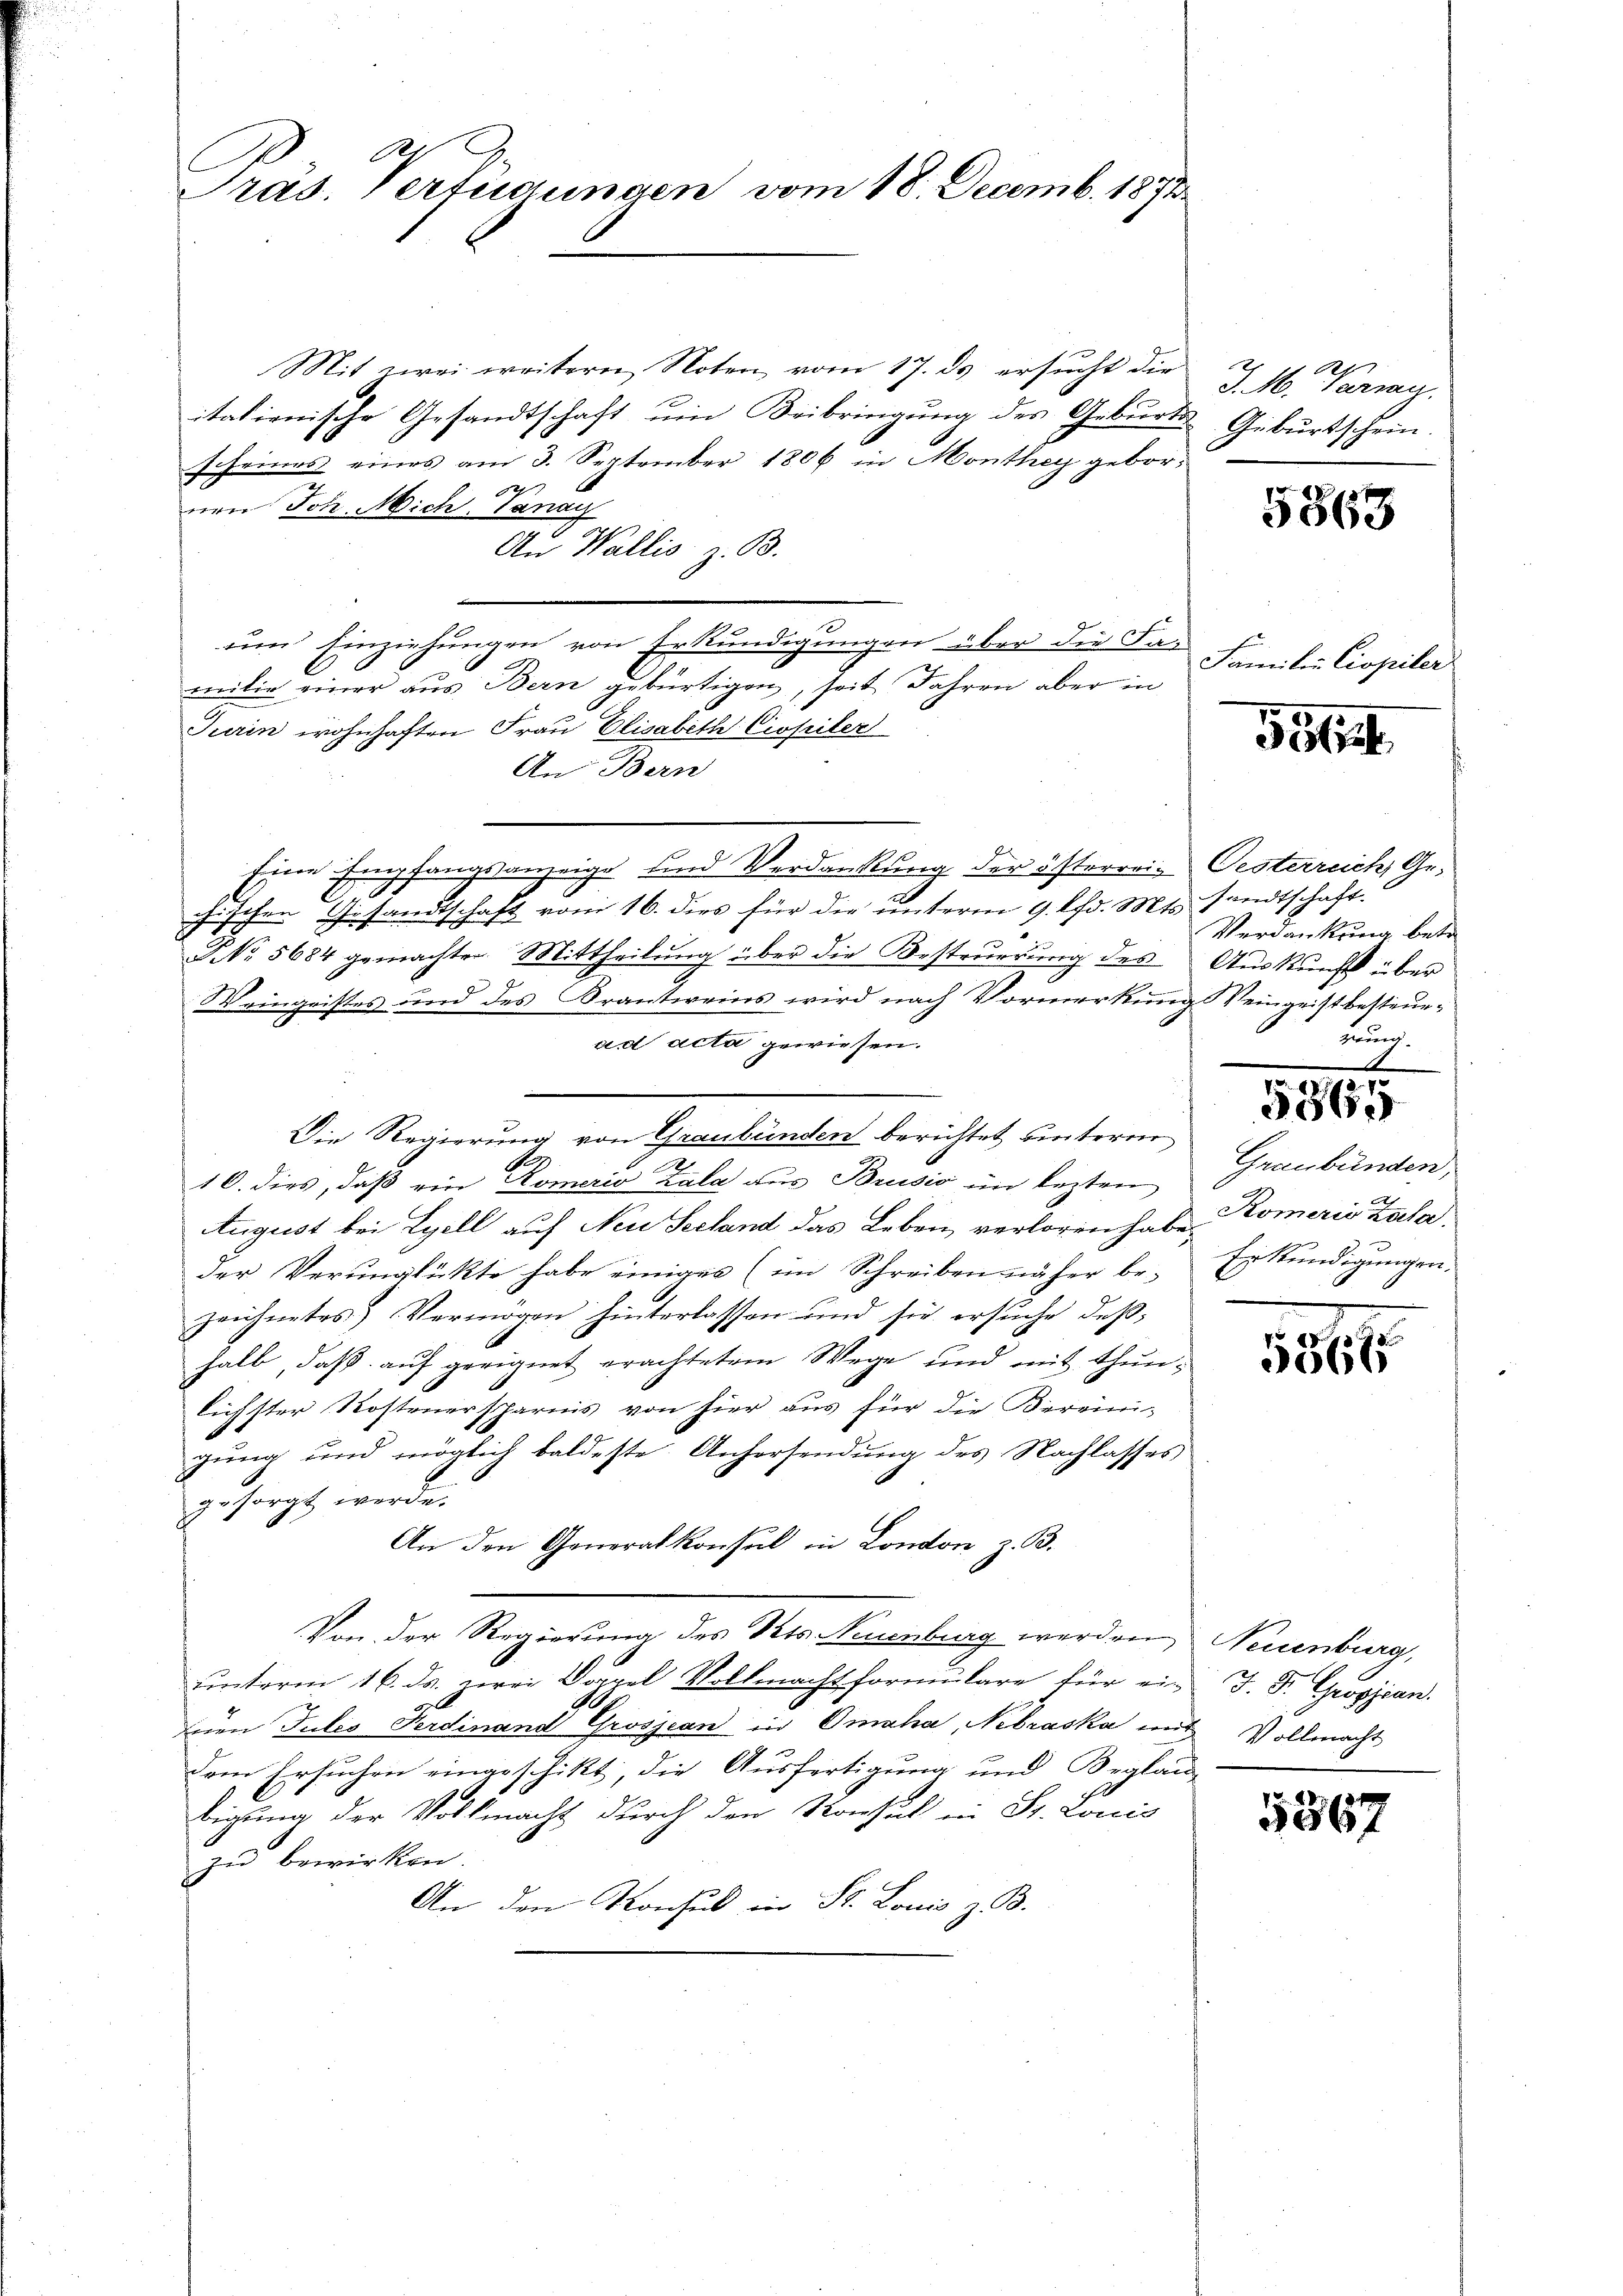
Pras. Vertigungen vom 18. Decemb. 1871

Mit zwei weitern Noten vom 17. ds ersucht die
itationische Gesandtschaft um Beibringung des Geburts Geburtschein.
scheines eines am 3. September 1806 in Monthey gebore
von Joh. Mich. Sanay
An Wallis z. B.

um Einziehungen von Erkundigungen über die Familie einer aus Bern gebürtigen, seit Jahren aber in
Turin wohnhaften Frau Elisabeth Ciopiler
An Bern
Eine Empfangsanzeige und Verdankung der österrein Oesterreich, Gechischen Gesandtschaft vom 16. dies für die unterm 9. d. Mts.
NNo. 5684 gemachten Mittheilung über die Besteuerung des
9
Weingeistes und des Brautweins wird nach Vormerkung
ad acta gewiesen.
e
10. dies, daß ein Romerio Zala aus Brusio im lezten
August bei Lyell auf Neu Seeland das Leben verloren habe.
der Verunglükte habe einiger (im Schreiben näher be-
zeichnetes Vermögen hinterlassen und sie ersuche deßhalb, daß auf geeignet erachtetem Wege und mit thunlichster Kostenersparnis von hier aus für die Bereini-
gung und möglich baldeste Anhersendung des Nachlasses
gesorgt werde.
An den Generalkonsul in London z. B.
Von der Regierung des Pets. Neuenburg werden Neuenburg,
unterm 16. ds. zwei Doppel Vollmacht formulare für ein
Euen Julis Ferdinand Grosjean in Omaha, Nebraska mit Vollmacht
dem Ersuchen eingeschikt, die Ausfertigung und Beglau-
bigung der Vollmacht durch den Konsul in St. Louis
zu bewirken.
An den Konsul in St. Lonis z. B.

Die Regierung von Graubünden berichtet unterm

l
J. M. Variag

5868

Familie Civpiler

5364.

sandtschaft.
Verdankung betr.
Auskunft über
Weingeistbesteuedung.

5365

Graubünden,
Komeris Zula
Erkundigungen.

5567

J. Fr. Grossman.

5567